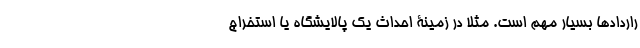
راردادها بسیار مهم است. مثلا در زمینۀ احداث یک پالایشگاه یا استخراج